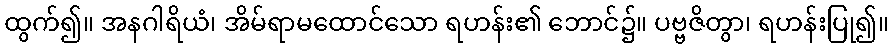
ထွက်၍။ အနဂါရိယံ၊ အိမ်ရာမထောင်သော ရဟန်း၏ ဘောင်၌။ ပဗ္ဗဇိတွာ၊ ရဟန်းပြု၍။